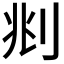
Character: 𠛪